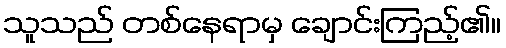
သူသည် တစ်နေရာမှ ချောင်းကြည့်၏။